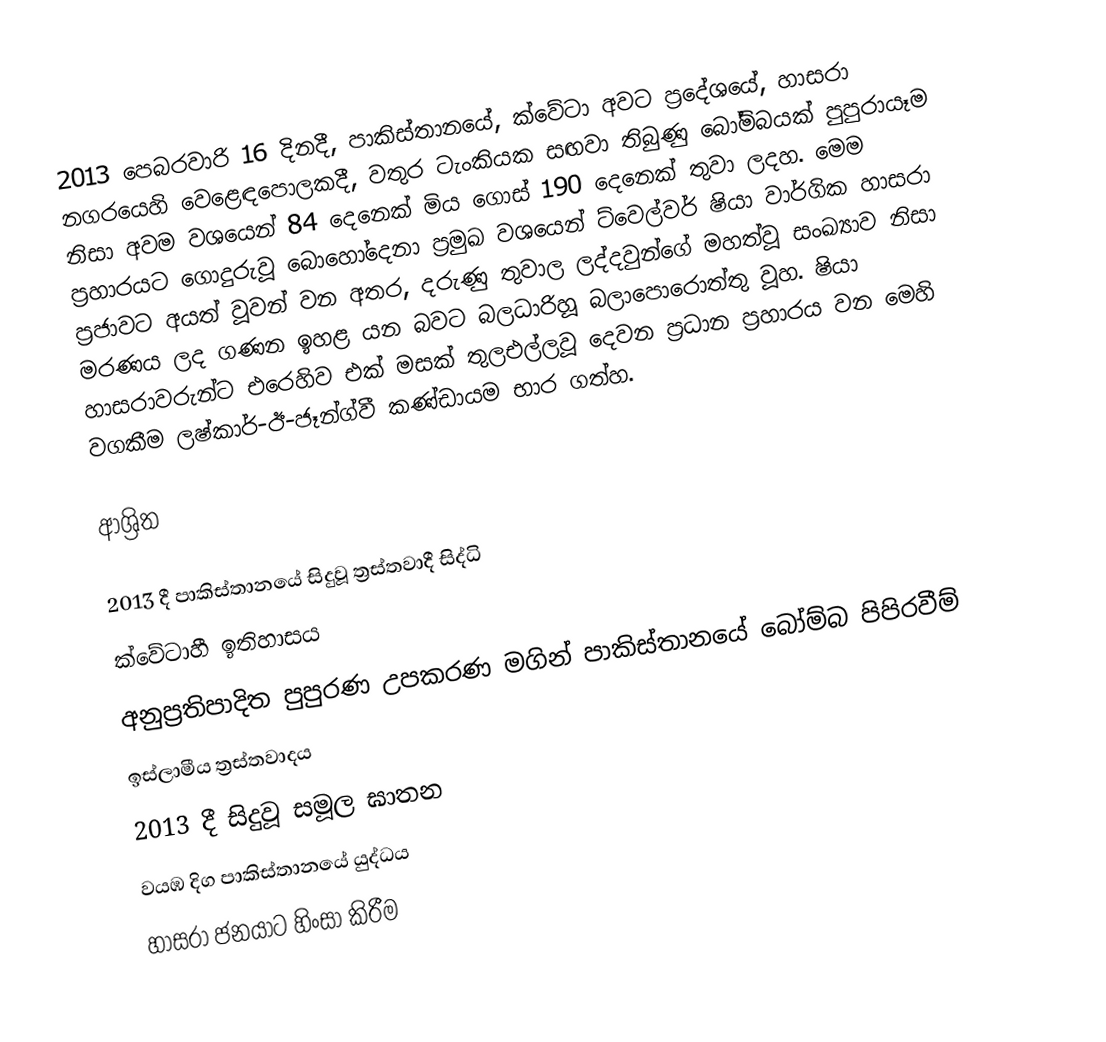
2013 පෙබරවාරි 16 දිනදී, පාකිස්තානයේ, ක්වේටා‍ අවට ප්‍රදේශයේ, හාසරා නගරයෙහි වෙළෙඳපොලකදී,  වතුර ටැංකියක සඟවා තිබුණු බෝම්බයක් පුපුරායෑම නිසා අවම වශයෙන් 84 දෙනෙක් මිය ගොස් 190 දෙනෙක් තුවා ලදහ. මෙම ප්‍රහාරයට ගොදුරුවූ බොහෝදෙනා ප්‍රමුඛ වශයෙන් ට්වෙල්වර් ෂියා වාර්ගික හාසරා ප්‍රජාවට අයත් වූවන් වන අතර, දරුණු තුවාල ලද්දවුන්ගේ මහත්වූ සංඛ්‍යාව නිසා මරණය ලද ගණන ඉහළ යන බවට බලධාරිහූ බලාපොරොත්තු වූහ. ෂියා හාසරාවරුන්ට එරෙහිව එක් මසක් තුලඑල්ලවූ දෙවන ප්‍රධාන ප්‍රහාරය වන මෙහි වගකීම ලෂ්කාර්-ඊ-ජෑන්ග්වී කණ්ඩායම භාර ගත්හ.

ආශ්‍රිත

 2013 දී පාකිස්තානයේ සිදුවූ ත්‍රස්තවාදී සිද්ධි
ක්වේටාහී ඉතිහාසය
අනුප්‍රතිපාදිත පුපුරණ උපකරණ මගින් පාකිස්තානයේ බෝම්බ පිපිරවීම්
ඉස්ලාමීය ත්‍රස්තවාදය
 2013 දී සිදුවූ සමූල ඝාතන
 වයඹ දිග පාකිස්තානයේ යුද්ධය
 හාසරා ජනයාට හිංසා කිරීම